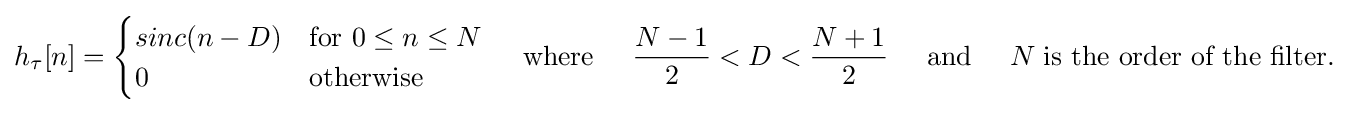
h_{\tau }[n]={\begin{cases}sinc(n-D)&{\text{for }}0\leq n\leq N\\0&{\text{otherwise}}\end{cases}}\;\;\;\;\;{\text{where}}\;\;\;\;\;{N-1 \over {2}}<D<{N+1 \over {2}}\;\;\;\;\;{\text{and}}\;\;\;\;\;N\;{\text{is the order of the filter.}}